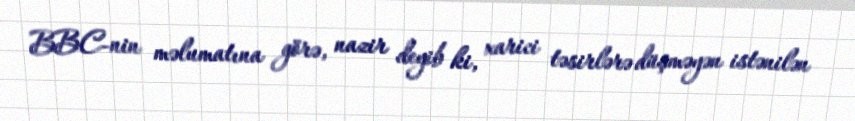
BBC-nin məlumatına görə, nazir deyib ki, xarici təsirlərə düşməyən istənilən